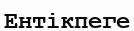
Ентікпеге